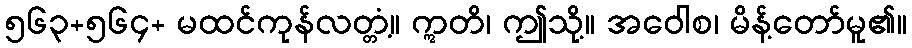
၅၆၃+၅၆၄+ မထင်ကုန်လတ္တံ့။ ဣတိ၊ ဤသို့။ အဝေါစ၊ မိန့်တော်မူ၏။